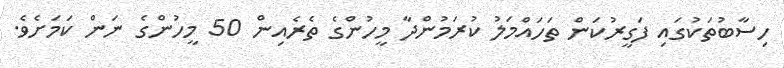
ހިސާބުތަކުގައި ފަގީރުކަން ތަހައްމަލު ކުރަމުންދާ މީހުންގެ ތެރެއިން 50 މީހުންގެ ނަން ކަމަށެވެ.